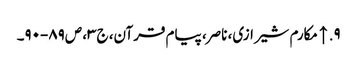
۹. ↑ مکارم شیرازی، ناصر، پیام قرآن، ج‌۳، ص‌۸۹-۹۰۔